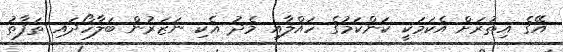
އޭގެ އިތުރަށް އެކަމަކީ ކަންކަމުގެ ހައްލާއި މެދު އެކި ނަޒަރުން ބަލާހޯދައި ތަފާތު